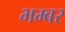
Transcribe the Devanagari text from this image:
भम्बर